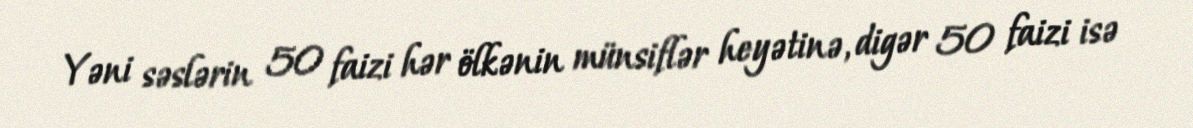
Yəni səslərin 50 faizi hər ölkənin münsiflər heyətinə, digər 50 faizi isə